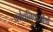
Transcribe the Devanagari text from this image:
पर्वतनिवासीयों